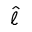
\hat { \ell }